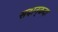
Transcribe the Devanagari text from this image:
सदान्‌कदा